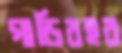
গাড়িবহর